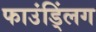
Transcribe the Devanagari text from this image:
फाउंड्लिंग